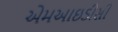
એમઆઇડીસી